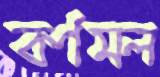
কর্ণমল